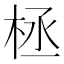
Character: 𣑕